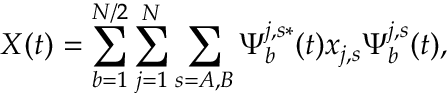
X ( t ) = \sum _ { b = 1 } ^ { N / 2 } \sum _ { j = 1 } ^ { N } \sum _ { s = A , B } \Psi _ { b } ^ { j , s * } ( t ) x _ { j , s } \Psi _ { b } ^ { j , s } ( t ) ,